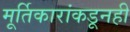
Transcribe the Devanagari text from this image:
मूर्तिकारांकडूनही